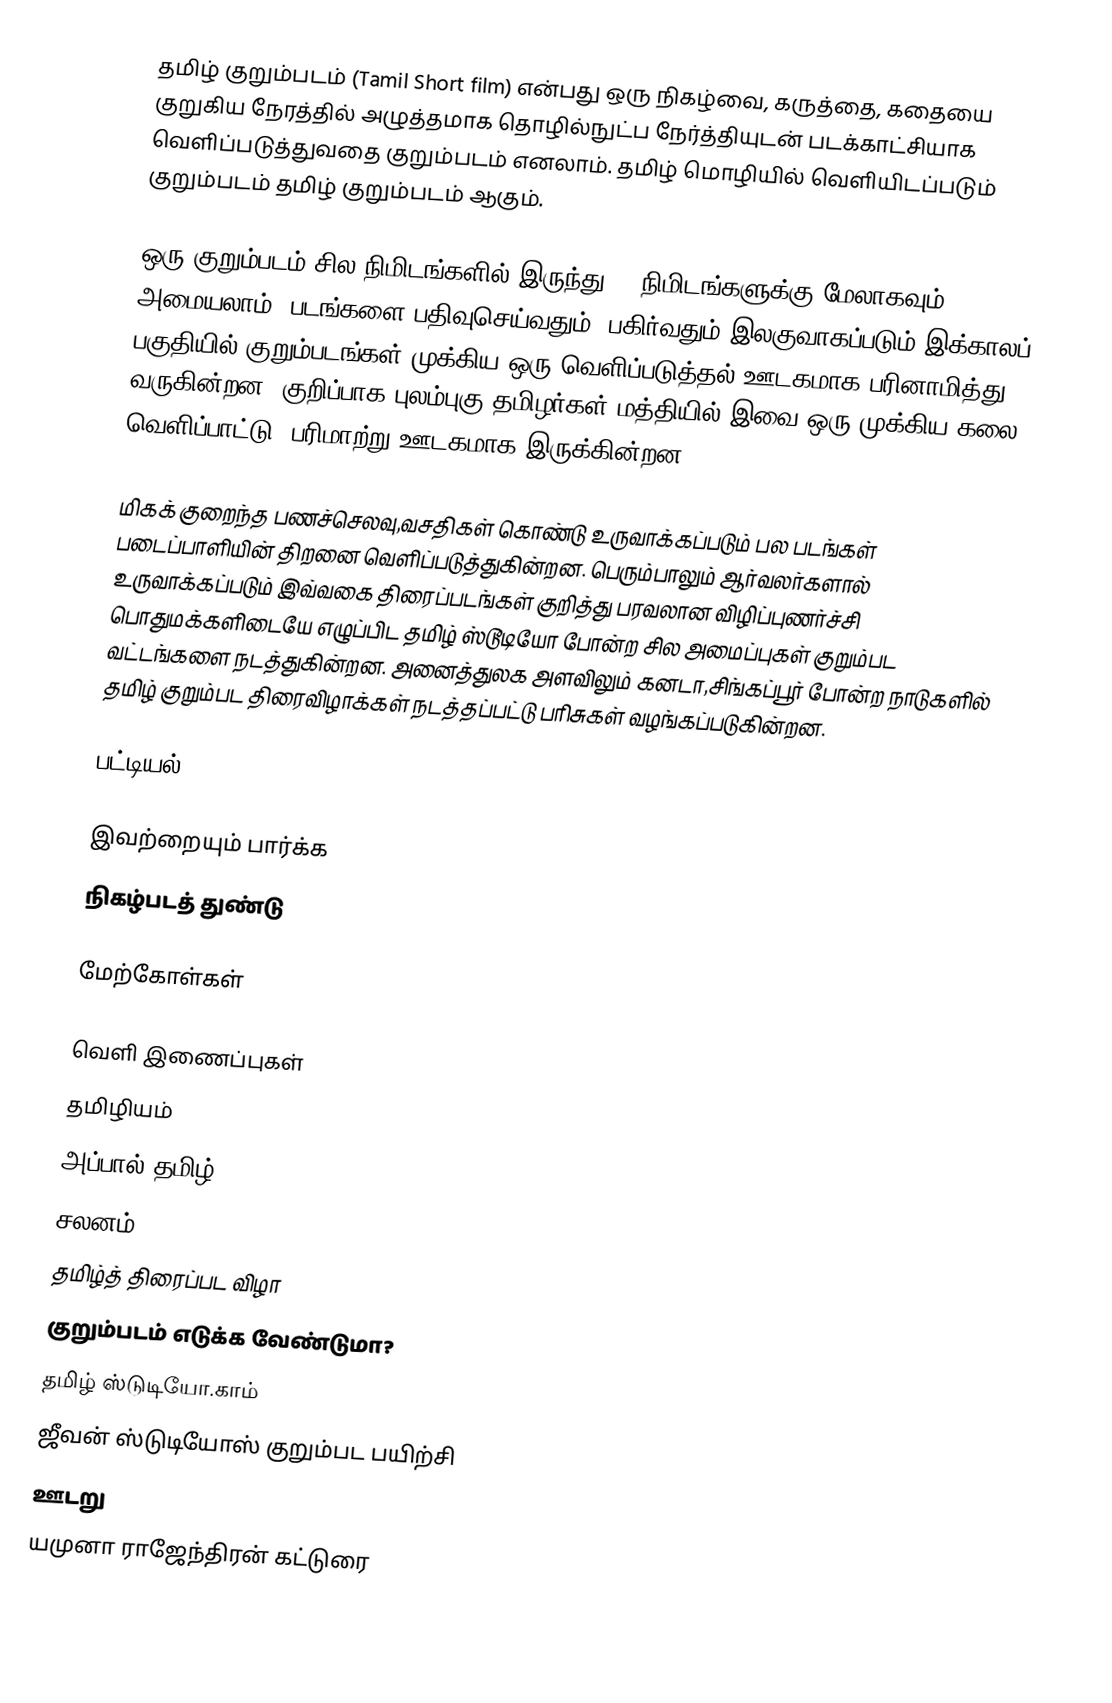
தமிழ் குறும்படம் (Tamil Short film) என்பது ஒரு நிகழ்வை, கருத்தை, கதையை குறுகிய நேரத்தில் அழுத்தமாக தொழில்நுட்ப நேர்த்தியுடன் படக்காட்சியாக வெளிப்படுத்துவதை குறும்படம் எனலாம்.  தமிழ் மொழியில் வெளியிடப்படும் குறும்படம் தமிழ் குறும்படம் ஆகும்.

ஒரு குறும்படம் சில நிமிடங்களில் இருந்து 30 நிமிடங்களுக்கு மேலாகவும் அமையலாம்.  படங்களை பதிவுசெய்வதும், பகிர்வதும் இலகுவாகப்படும் இக்காலப் பகுதியில் குறும்படங்கள் முக்கிய ஒரு வெளிப்படுத்தல் ஊடகமாக பரினாமித்து வருகின்றன.  குறிப்பாக புலம்புகு தமிழர்கள் மத்தியில் இவை ஒரு முக்கிய கலை வெளிப்பாட்டு, பரிமாற்று ஊடகமாக இருக்கின்றன.

மிகக் குறைந்த பணச்செலவு,வசதிகள் கொண்டு உருவாக்கப்படும் பல படங்கள் படைப்பாளியின் திறனை வெளிப்படுத்துகின்றன. பெரும்பாலும் ஆர்வலர்களால் உருவாக்கப்படும் இவ்வகை திரைப்படங்கள் குறித்து பரவலான விழிப்புணர்ச்சி பொதுமக்களிடையே எழுப்பிட தமிழ் ஸ்டூடியோ போன்ற சில அமைப்புகள் குறும்பட வட்டங்களை நடத்துகின்றன. அனைத்துலக அளவிலும் கனடா,சிங்கப்பூர் போன்ற நாடுகளில் தமிழ் குறும்பட திரைவிழாக்கள் நடத்தப்பட்டு பரிசுகள் வழங்கப்படுகின்றன.

பட்டியல்

இவற்றையும் பார்க்க
 நிகழ்படத் துண்டு

மேற்கோள்கள்

வெளி இணைப்புகள்
 தமிழியம்
 அப்பால் தமிழ்
 சலனம்
 தமிழ்த் திரைப்பட விழா
 குறும்படம் எடுக்க வேண்டுமா?
 தமிழ் ஸ்டுடியோ.காம்
 ஜீவன் ஸ்டுடியோஸ் குறும்பட பயிற்சி
 ஊடறு
 யமுனா ராஜேந்திரன் கட்டுரை